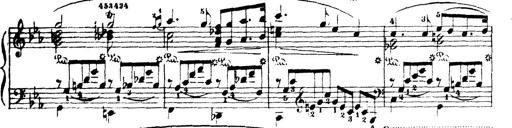
Title: Wagner-Liszt Album
Composer: Franz Liszt